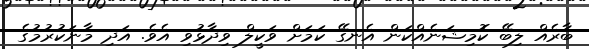
ބާރެއް ލިބޭ ކޮމިޝަނެއްކަން އެނގޭ ކަމަށް ވަކީލް ވިދާޅުވި އެވެ. އަދި މާނަކުރުމުގެ